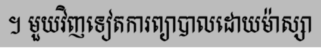
។ មួយវិញទៀតការព្យាបាលដោយម៉ាស្សា